Calcutta medical institutions reports 1892-1900
Year: 1892
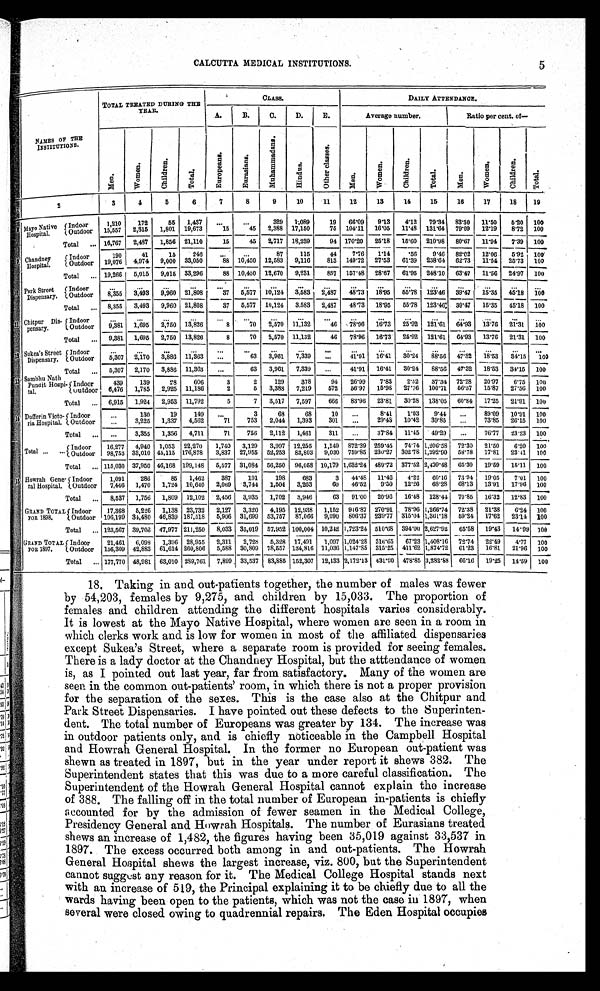
CALCUTTA MEDICAL INSTITUTIONS.
N A M E S O F T H E
I NSTI TUTI ONS.
TOTAL TREATED DURING THE
YEAR.
C L A S S .
DAILY ATTENDANCE.
A.
B.
C.
D.
E.
Average number.
Ratio per cent. of
—
M e n .
W o m e n .
Children.
T o t a l .
E u r o p e a n s .
E u r a s i a n s .
M u h a m m a d a n s .
H i n d u s .
O t h e r c l a s s e s .
M e n .
W o m e n .
C h i l d r e n .
T o t a l .
M e n .
W o m e n .
C h i l d r e n .
T o t a l .
2
3
4
5
6
7
8
9
10
11
12
13
14
15
16
17
18
19
Mayo Native
Hospital
I ndoor
1,210 172
55 1,437 ...
...
329 1,089
19 66.09 9.13 4.12 79.34 83.30 11.50 5.20 100
Outdoor 15,557 2,315 1,801 19,673
15
45 2,388 17,150
75 104.11 16.05 11.48 131.64 79.09 12.19 8.72 100
16,767 2,487 1,856 21,110
15
45 2,717 18,239
94 170.20
15.60
80.67
7.39
Total ...
25.18
210.98
11.94
100
Chandney
Hospital.
Indoor
190
41
15
246
...
. . . 87
115
44 7.76 1.14
.56 9.46 82.02 12.06 5.92 100
Outdoor 19,076 4,974 9,000 33,050
88 10,450 12,583 9,116
813 149.72 27.53 61.39 238.64 62.73 11.54 25.73 100
19,266
33,296
88 10,450 12,670 9,231
857 157.48 28.67
63.47 11.56 24.97
Total ...
5,015 9,015
61.95 248.10
100
. . .
. . .
. . .
. . .
. . .
. . .
Park Street
Dispensary.
Indoor
. . .
. . .
. . .
. . .
. . .
. . .
. . .
. . .
. . .
. . .
...
Outdoor 8,355 3,493 9,960 21,808
37 5,577 10,124 3,583 2,487 48.73 18.95 55.78 123.46 39.47 15.35 45.18 100
8,355 3,493 9,960 21,808
10,124 3,583 2,487 48.73 18.95 55.78 123.46 39.47 15.35
Total
. . .
37 5,577
45.18 100
...
. . .
. . .
. . .
. . . . . .
. . .
. . . ...
. . .
. . .
. . .
Chitpur Dis-
pensary.
Indoor
. . .
. . .
. . .
. . .
...
Outdoor 9,381 1,695 2,750 13,826
8 70 2,570 11,132
46 78.96 16.73 25.92 121.61 64.93 13.76 21.31 100
9,381 1,695
13,826
8
70
11,132
46
16.73 25.92
13.76 21.31
Total ...
2,750
2,570
78.96
121.61 64.93
100
. . .
. . .
. . .
. . .
. . . ...
. . .
. . .
. . .
. . .
. . .
. . .
. . .
Sukea's Street
Dispensary.
Indoor
. . .
. . .
. . .
...
Outdoor
5,307 2,170 3,886 11,363
. . .
63 3,961 7,339
. . .
41.91 16.41 30.24 88.56 47.32 18.53 34.15 100
5,307 2,170 3,886
...
63 3,961 7,339 ...
41.91 16.41 30.24 88.56 47.32
34.15
Total ...
11,363
18.53
100
Sambhu Nath
Pundit Hospi-
tal.
Indoor
439
139
28
606
3
2
129
378
94 26.99 7.83 2.52 37.34 72.28 20.97 6.75 100
Outdoor 6,476 1,785 2,925 11,186
2
5 3,388 7,219
572 56.97 15.98 27.76 100.71 56.57 15.87 27.56 100
Total
. . . 6,915 1,924 2,953 11,792
5
7 3,517 7,597
666 83.96 23.81 30.28 138.05 60.84 17.25 21.91 1 0 0
Dufferin Victo-
ria Hospital.
Indoor
...
130
19
149 ...
3
68
68
10 ...
8.41 1.03 9.44 ...
89.09 10.91 100
Outdoor ... 3,225 1,337 4,562
71
753 2,044 1,393
301 ...
29.43 10.42 39.85 ...
73.85 26.15 100
Total ... ...
3,355 1,356 4,711
71
756 2,112 1,461
311 ...
37.84 11.45 49.29 ...
76.77 23.23 100
Total . . . ... Indoor 16,277 4,940 1,053 22,270 1,740 3,129 3,997 12,255 1,149 872.39 259.45 74.74 1,206.58 72.30 21.50 6.20 100
Outdoor 98,753 33,010 45,115 176,878 3,837 27,955 52,253 83,803 9,030 759.85 230.27 302.78 1,292.90 58.78 17.81 23.41 100
Total ... 115,030
10,179
2,499.48
19.59 15.11 100
37,950 46,168 199,148 5,577 31,084 56,250 96,058
1,632.24 489.72 377.52
65.30
Howrah Gene-
ral Hospital.
Indoor
198
100
1,091 286
85 1,462 387
191
683
3 44.48 11.46 4.22 60.16 73.94 19.05 7.01
Outdoor 7,446 1,470 1,724 10,640 2,069 3,744 1,504 3,263
60 46.52 9.50 12.26 68.28 68.13 13.91 17.96 100
Total ... 8,537 1,756 1,809 12,102 2,456 3,935 1,702 3,946
63 91.00 20.96 16.48 128.44 70.85 16.32 12.83 100
GRAND TOTAL
FOR 1898.
Indoor 17,368 5,226 1,138 23,732 2,127 3,320 4,195 12,938 1,152 916.87 270.91 78.96 1,266.74 72.38 21.38 6.24 100
Outdoor 106,199 34,480 46,839 187,518 5,906 31,699 53,757 87,066 9,090 806.37 239.77 315.04 1,361.18 59.24 17.62 23.14 100
Total ... 123,567 39,706 47,977 211,250 8,033 35,019 57,952 100,004 10,242 1,723.24 510.68 394.00 2,627.92 65.58 19.43 14.99 100
GRAND TOTAL
FOR 1897.
Indoor
21,461 6,098 1,396 28,955 2,311 2,728 5,328 17,491 1,097 1,024.28 316.65 67.23 1,408.16 72.74 22.49 4.77 100
Outdoor 156,309 42,883 61,614 260,806 5,588 30,809 78,557 134,816 11,036 1,147.85 315.25 411.62 1,874.72 61.23 16.81 21.96 100
Total ... 177,770 48,981 63,010 289,761 7,899 33,537 83,885 152,307 12,133 2,172.13 631.90 478.85 3,282.88 66.16 19.25 14.59 100
18. Taking in and out-patients together, the number of males was fewer
by 54,203, females by 9,275, and children by 15,033. The proportion of
females and children attending the different hospitals varies considerably.
It is lowest at the Mayo Native Hospital, where women are seen in a room in
which clerks work and is low for women in most of the affiliated dispensaries
except Sukea's Street, where a separate room is provided for seeing females.
There is a lady doctor at the Chandney Hospital, but the atttendance of women
is, as I pointed out last year, far from satisfactory. Many of the women are
seen in the common out-patients' room, in which there is not a proper provision
for the separation of the sexes. This is the case also at the Chitpur and
Park Street Dispensaries. I have pointed out these defects to the Superinten-
dent. The total number of Europeans was greater by 134. The increase was
in outdoor patients only, and is chiefly noticeable in the Campbell Hospital
and Howrah General Hospital. In the former no European out-patient was
shewn as treated in 1897, but in the year under report it shews 382. The
Superintendent states that this was due to a more careful classification. The
Superintendent of the Howrah General Hospital cannot explain the increase
of 388. The falling off in the total number of European in-patients is chiefly
accounted for by the admission of fewer seamen in the Medical College,
Presidency General and Howrah Hospitals. The number of Eurasians treated
shews an increase of 1,482, the figures having been 35,019 against 33,537 in
1897. The excess occurred both among in and out-patients. The Howrah
General Hospital shews the largest increase, viz. 800, but the Superintendent
cannot suggest any reason for it. The Medical College Hospital stands next
with an increase of 519, the Principal explaining it to be chiefly due to all the
wards having been open to the patients, which was not the case in 1897, when
several were closed owing to quadrennial repairs. The Eden Hospital occupies
5